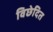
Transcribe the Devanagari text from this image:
विछेदित